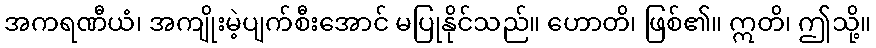
အကရဏီယံ၊ အကျိုးမဲ့ပျက်စီးအောင် မပြုနိုင်သည်။ ဟောတိ၊ ဖြစ်၏။ ဣတိ၊ ဤသို့။